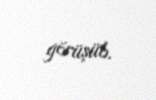
görüşüb.